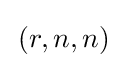
\,(r,n,n)\;